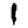
Digit: 1